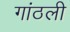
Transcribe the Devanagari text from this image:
गांठली